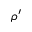
\rho ^ { \prime }